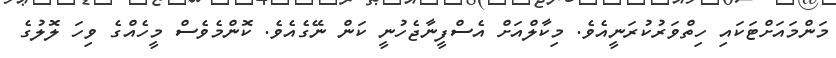
މަންމައަށްޓަކައި ހިތްވަރުކުރަނީއެވެ. މިކާލްއަށް އެސްފީނާޖެހުނީ ކަން ނޭގެއެވެ. ކޮންމެވެސް މީހެއްގެ ވިހަ ލޮލުގެ